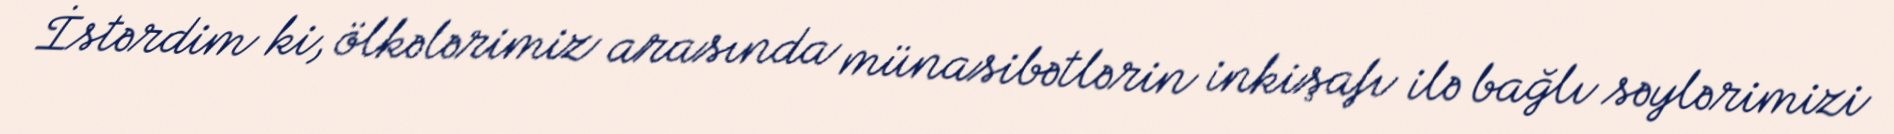
İstərdim ki, ölkələrimiz arasında münasibətlərin inkişafı ilə bağlı səylərimizi